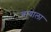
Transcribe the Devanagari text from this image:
वायाला